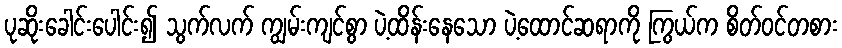
ပုဆိုးခေါင်းပေါင်း၍ သွက်လက် ကျွမ်းကျင်စွာ ပဲ့ထိန်းနေသော ပဲ့ထောင်ဆရာကို ကြွယ်က စိတ်ဝင်တစား